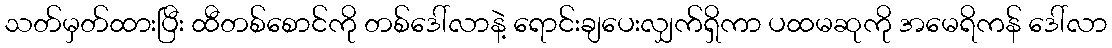
သတ်မှတ်ထားပြီး ထီတစ်စောင်ကို တစ်ဒေါ်လာနဲ့ ရောင်းချပေးလျှက်ရှိကာ ပထမဆုကို အမေရိကန် ဒေါ်လာ